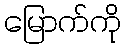
မြောက်ကို